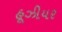
હૂઝીયર